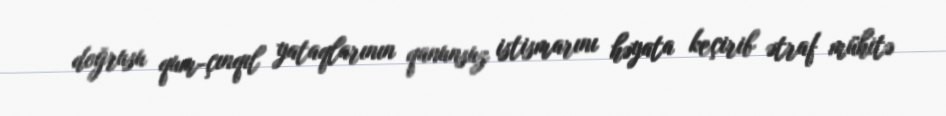
doğrusu qum-çınqıl yataqlarının qanunsuz istismarını həyata keçirib ətraf mühitə